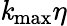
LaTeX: \mathit{k}_{\mathrm{{max}}}\eta